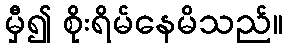
မှီ၍ စိုးရိမ်နေမိသည်။